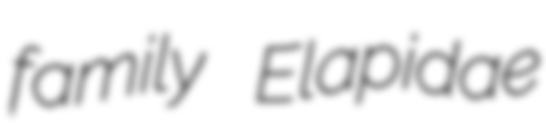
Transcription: family Elapidae